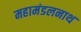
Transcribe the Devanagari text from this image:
महामंडलनाथ